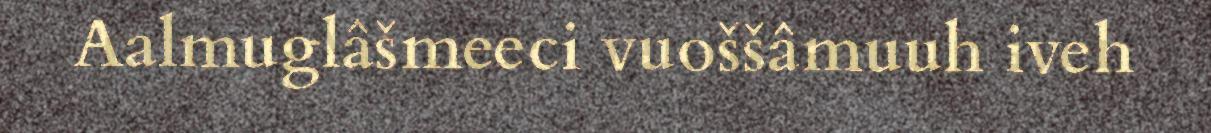
Aalmuglâšmeeci vuoššâmuuh iveh